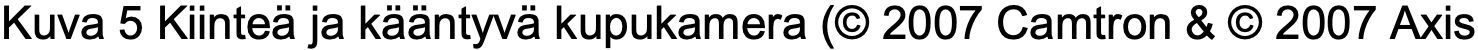
Kuva 5 Kiinteä ja kääntyvä kupukamera (© 2007 Camtron & © 2007 Axis